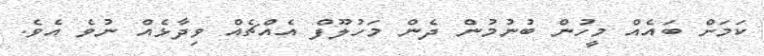
ކަމަށް ބައެއް މީހުން ބުނުމުން ދެން މަހުލޫފް އެއްޗެއް ވިދާޅެއް ނުވެ އެވެ.